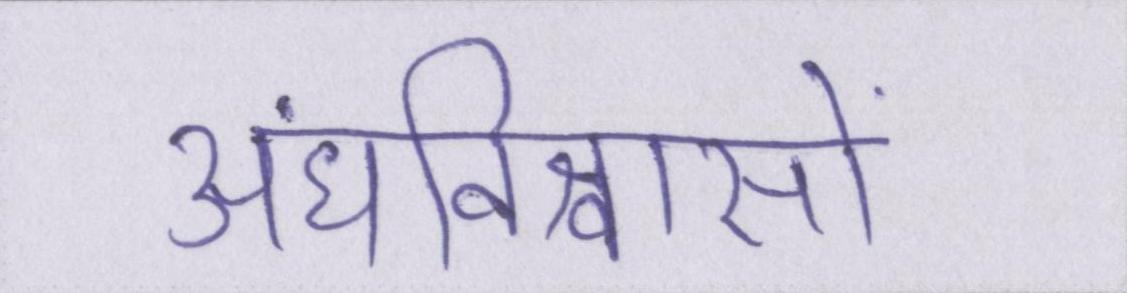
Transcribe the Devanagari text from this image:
अंधविश्वासों